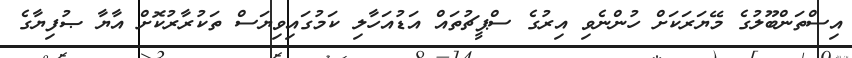
އިސްތަންބޫލުގެ މޭޔަރަކަށް ހުންނެވި އިރުގެ ސްޕީޗުތައް އަޑުއަހާލި ކަމުގައިވިޔަސް ތަކުރާރުކޮށް އާޔާ ޞުފިޔާގެ